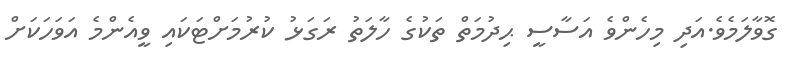
ގޮވާލަމެވެ.އަދި މިހެންވެ އަސާސީ ޙިދުމަތް ތަކުގެ ހާލަތު ރަގަޅު ކުރުމަށްޓަކައި ވީއެންމެ އަވަހަކަށް